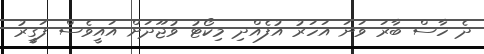
ދެ ހާސް ބާރަ ވަނަ އަހަރު އުފެއްދި މިކޯޓު ވުޖޫދަށް އައީވެސް ފަގީރު